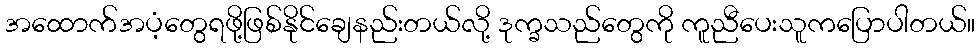
အထောက်အပံ့တွေရဖို့ဖြစ်နိုင်ချေနည်းတယ်လို့ ဒုက္ခသည်တွေကို ကူညီပေးသူကပြောပါတယ်။